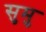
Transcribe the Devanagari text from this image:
सुमु